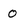
Character: 0